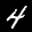
Label: 4